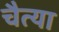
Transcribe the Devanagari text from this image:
चैत्या